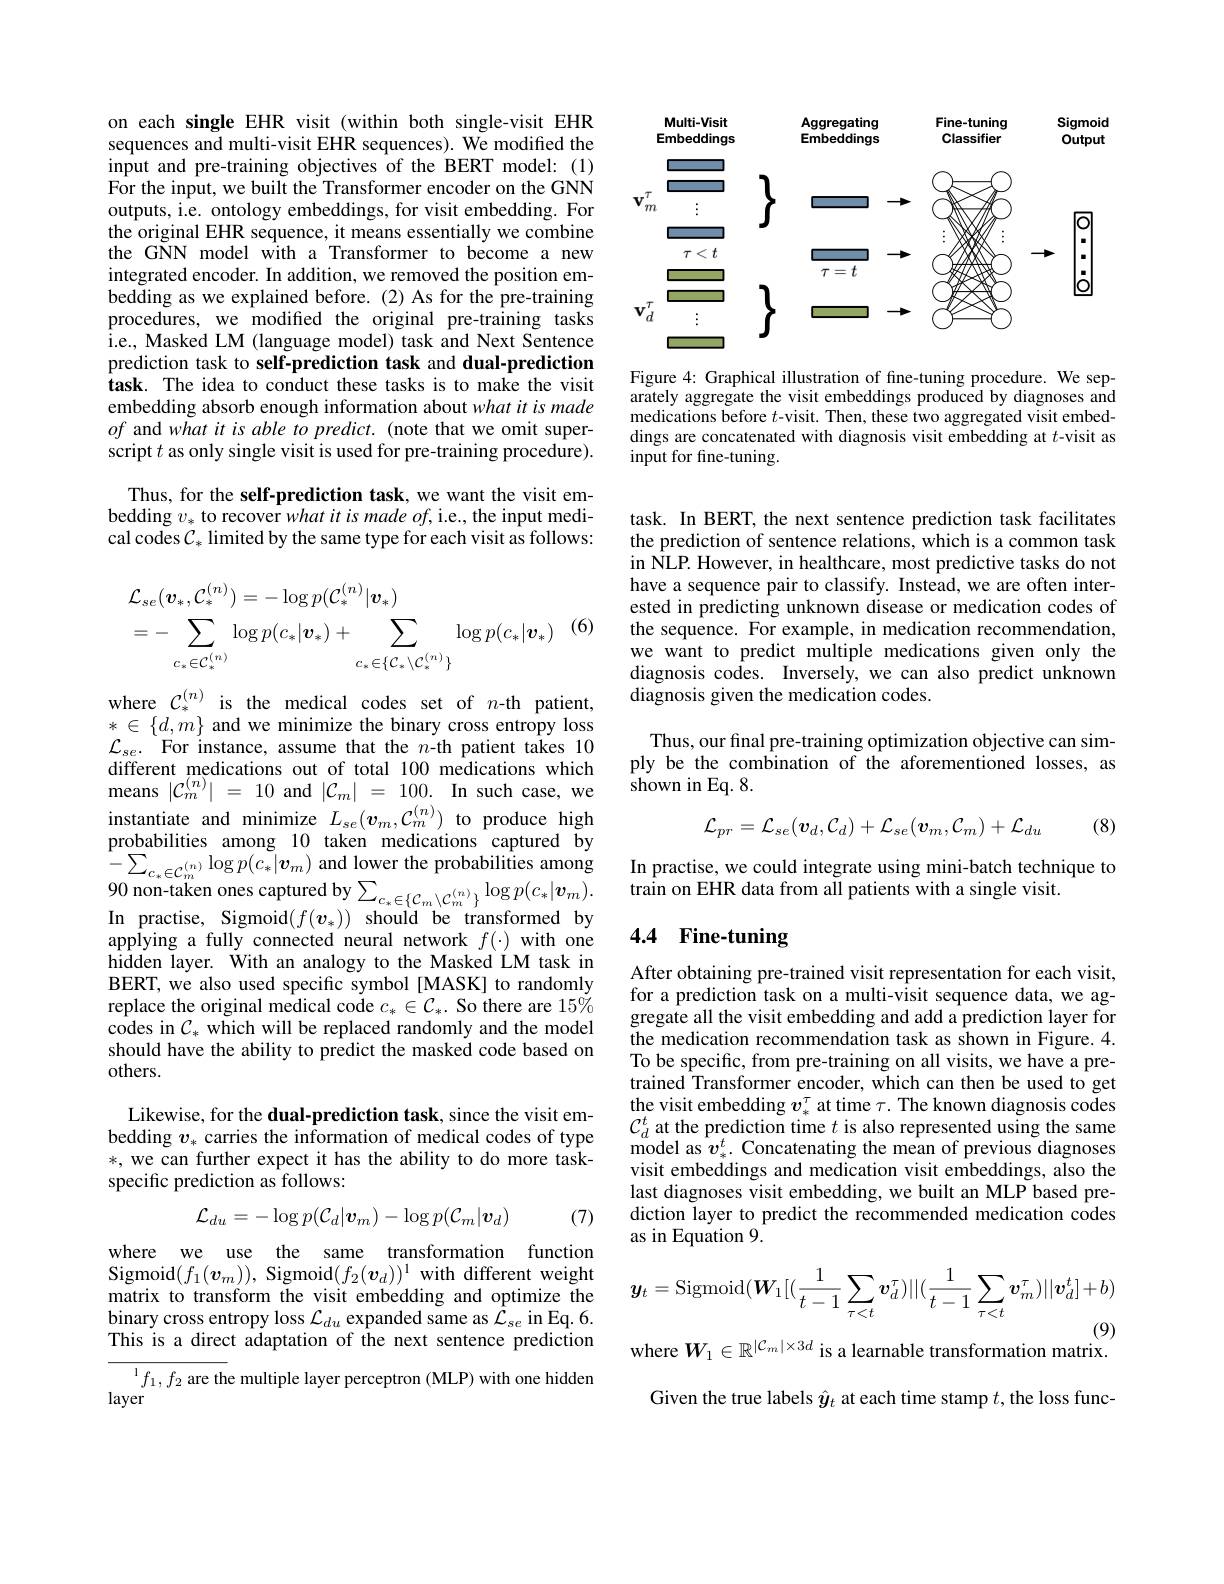
on each single EHR visit (within both single-visit EHR sequences and multi-visit EHR sequences). We modified the input and pre-training objectives of the BERT model: (1) For the input, we built the Transformer encoder on the GNN outputs, i.e. ontology embeddings, for visit embedding. For the original EHR sequence, it means essentially we combine the GNN model with a Transformer to become a new integrated encoder. In addition, we removed the position embedding as we explained before. (2) As for the pre-training procedures, we modified the original pre-training tasks i.e., Masked LM (language model) task and Next Sentence prediction task to self-prediction task and dual-prediction task. The idea to conduct these tasks is to make the visit embedding absorb enough information about what it is made $of$ and what it is able to predict. (note that we omit superscript $t$ as only single visit is used for pre-training procedure).
Thus, for the self-prediction task, we want the visit embedding $v_*$ to recover what it is made of, i.e., the input medical codes $\mathcal{C}_*$ limited by the same type for each visit as follows:

(6)
$$\begin{aligned}&\mathcal{L}_{se}(\boldsymbol{v}_{*},\mathcal{C}_{*}^{(n)})=-\log p(\mathcal{C}_{*}^{(n)}|\boldsymbol{v}_{*})\\&=-\sum_{c_{*}\in\mathcal{C}_{*}^{(n)}}\log p(c_{*}|\boldsymbol{v}_{*})+\sum_{c_{*}\in\{\mathcal{C}_{*}\setminus\mathcal{C}_{*}^{(n)}\}}\log p(c_{*}|\boldsymbol{v}_{*})\end{aligned}$$
where $\mathcal{C}_*^{(n)}$ is the medical codes set of $n$-th patient, $*\in\{d,m\}$ and we minimize the binary cross entropy loss $\mathcal{L}_{se}.$ For instance, assume that the $n$-th patient takes 10 different medications out of total 100 medications which $\begin{array}{rcl}\mathrm{means~}|\mathcal{C}_{m}^{(n)}|&=&10\mathrm{~and~}|\mathcal{C}_{m}|&=&100.&\mathrm{In~such~case,~we}\\\mathrm{instantiate~and~minimize~}&L_{se}(v_{m},\mathcal{C}_{m}^{(n)})&\mathrm{to~produce~high}\end{array}$ probabilities among 10 taken medications captured by $- \sum _{c_{* }\in \mathcal{C} _{m}^{( n) }}\log p( c_{* }| \boldsymbol{v}_{m})$ and lower the probabilities among 90 non- taken ones captured by$\sum _{C_{* }\in \{ C_{m}\setminus C_{m}^{( n) }\} }\log p( c_{* }| \boldsymbol{v}_{m}) .$ $\begin{array}{l}{90\mathrm{~non-taken~ones~captured~by~\sum_{c_{*}\in\{\mathcal{C}_{m}\setminus\mathcal{C}_{m}^{(n)}\}}\log p(c_{*}|\boldsymbol{v}_{m}).}}\\{\mathrm{In~practise,~Sigmoid}(f(\boldsymbol{v}_{*}))\mathrm{~should~be~transformed~by}}\end{array}$ applying a fully connected neural network $f(\cdot)$ with one hidden layer. With an analogy to the Masked LM task in BERT, we also used specific symbol[MASK] to randomly replace the original medical code $c_*\in\mathcal{C}_*.$ So there are $15\%$ codes in $C_*$ which will be replaced randomly and the model should have the ability to predict the masked code based on others.

Likewise, for the dual-prediction task, since the visit embedding $v_*$ carries the information of medical codes of type *, we can further expect it has the ability to do more taskspecific prediction as follows:
$$\mathcal{L}_{du}=-\log p(\mathcal{C}_d|\boldsymbol{v}_m)-\log p(\mathcal{C}_m|\boldsymbol{v}_d)$$
(7)

where we use the same transformation function Sigmoid$(f_1(\boldsymbol{v}_m))$, Sigmoid$(f_2(\boldsymbol{v}_d))^1$with different weight matrix to transform the visit embedding and optimize the binary cross entropy loss $\mathcal{L}_du$ expanded same as $\bar{\mathcal{L}}_se$ in Eq.6. This is a direct adaptation of the next sentence prediction
$^{1}f_{1},f_{2}$ are the multiple layer perceptron (MLP) with one hidden
layer

<FigureHere>

Figure 4: Graphical illustration of fine-tuning procedure. We separately aggregate the visit embeddings produced by diagnoses and medications before $t$-visit. Then, these two aggregated visit embeddings are concatenated with diagnosis visit embedding at $t$-visit as input for fine-tuning.

task. In BERT, the next sentence prediction task facilitates the prediction of sentence relations, which is a common task in NLP. However, in healthcare, most predictive tasks do not have a sequence pair to classify. Instead, we are often interested in predicting unknown disease or medication codes of the sequence. For example, in medication recommendation, we want to predict multiple medications given only the diagnosis codes. Inversely, we can also predict unknown diagnosis given the medication codes.

Thus, our final pre-training optimization objective can simply be the combination of the aforementioned losses, as shown in Eq. 8.

(8)
$$\mathcal{L}_{pr}=\mathcal{L}_{se}(\boldsymbol{v}_d,\mathcal{C}_d)+\mathcal{L}_{se}(\boldsymbol{v}_m,\mathcal{C}_m)+\mathcal{L}_{du}$$
In practise, we could integrate using mini-batch technique to
train on EHR data from all patients with a single visit.

# 4.4 Fine-tuning

After obtaining pre-trained visit representation for each visit, for a prediction task on a multi-visit sequence data, we aggregate all the visit embedding and add a prediction layer for the medication recommendation task as shown in Figure. 4. To be specific, from pre-training on all visits, we have a pretrained Transformer encoder, which can then be used to get the visit embedding $v_*^\tau$ at time $\tau.$ The known diagnosis codes $\mathcal{C}_d^t$ at the prediction time $t$ is also represented using the same model as $v_*^t.$ Concatenating the mean of previous diagnoses visit embeddings and medication visit embeddings, also the last diagnoses visit embedding, we built an MLP based prediction layer to predict the recommended medication codes as in Equation 9.
$$\boldsymbol{y}_{t}=\mathrm{Sigmoid}(\boldsymbol{W}_{1}[(\frac{1}{t-1}\sum_{\tau<t}\boldsymbol{v}_{d}^{\tau})||(\frac{1}{t-1}\sum_{\tau<t}\boldsymbol{v}_{m}^{\tau})||\boldsymbol{v}_{d}^{t}]+b)$$
where $W_1\in\mathbb{R}^{|\mathcal{C}_m|\times3d}$ is a learnable transformation matrix.

Given the true labels $\hat{y}_t$ at each time stamp $t$, the loss func-